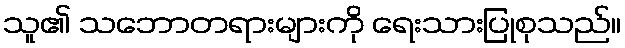
သူ၏ သဘောတရားများကို ရေးသားပြုစုသည်။